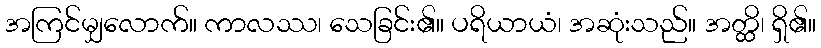
အကြင်မျှလောက်။ ကာလဿ၊ သေခြင်း၏။ ပရိယာယံ၊ အဆုံးသည်။ အတ္ထိ၊ ရှိ၏။